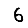
Digit: 6